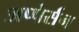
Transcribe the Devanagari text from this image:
अप्पेर्सन